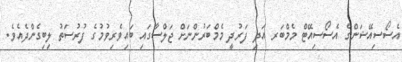
އެސޯސިއޭޝަންގެ އެސޯސިއޭޓް މެމްބަރ އަދި ފަރުދީ މެމްބަރުންނަށް ޖަލްސާގައި ބައިވެރިވުމުގެ ފުރުސަތު ލިބިގެންދެއެވެ.